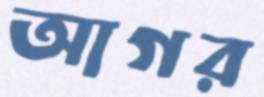
আগর